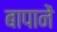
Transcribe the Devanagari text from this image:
बापानें